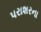
પરાશરના